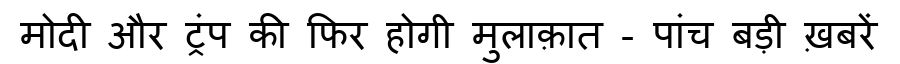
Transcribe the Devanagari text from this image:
मोदी और ट्रंप की फिर होगी मुलाक़ात - पांच बड़ी ख़बरें